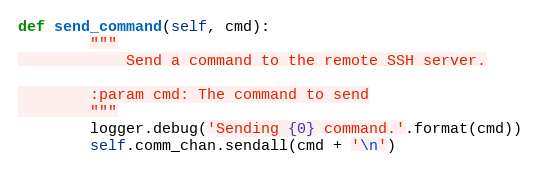
Language: Python
def send_command(self, cmd):
        """
            Send a command to the remote SSH server.

        :param cmd: The command to send
        """
        logger.debug('Sending {0} command.'.format(cmd))
        self.comm_chan.sendall(cmd + '\n')